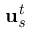
\mathit { \mathbf { u } _ { s } ^ { t } }